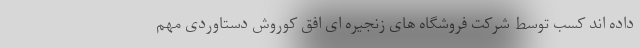
داده اند کسب توسط شرکت فروشگاه های زنجیره ای افق کوروش دستاوردی مهم